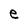
Character: e